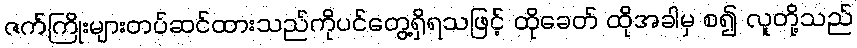
ဇက်ကြိုးများတပ်ဆင်ထားသည်ကိုပင်တွေ့ရှိရသဖြင့် ထိုခေတ် ထိုအခါမှ စ၍ လူတို့သည်